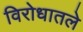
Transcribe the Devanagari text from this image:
विरोधातले